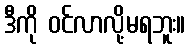
ဒီကို ဝင်လာလို့မရဘူး။